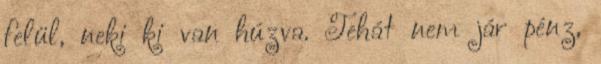
felül, neki ki van húzva. Tehát nem jár pénz,